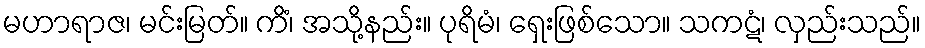
မဟာရာဇ၊ မင်းမြတ်။ ကိံ၊ အသို့နည်း။ ပုရိမံ၊ ရှေးဖြစ်သော။ သကဋံ၊ လှည်းသည်။